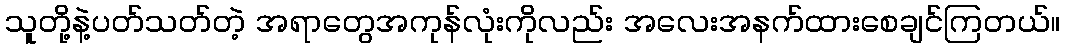
သူတို့နဲ့ပတ်သတ်တဲ့ အရာတွေအကုန်လုံးကိုလည်း အလေးအနက်ထားစေချင်ကြတယ်။